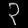
Digit: ၃